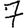
Digit: 7